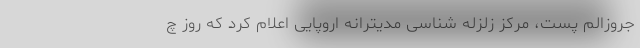
جروزالم پست، مرکز زلزله شناسی مدیترانه اروپایی اعلام کرد که روز چ